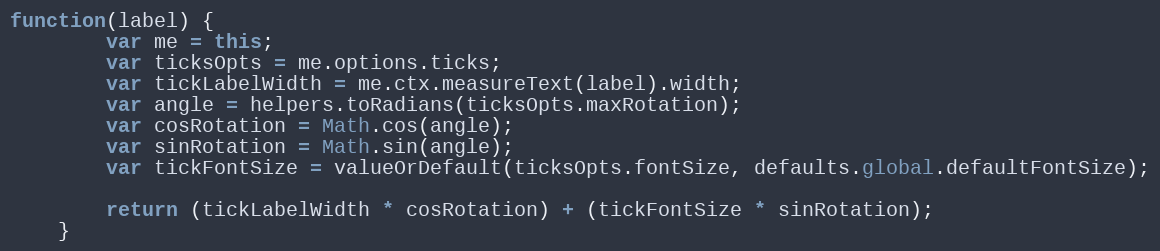
Language: JavaScript
function(label) {
		var me = this;
		var ticksOpts = me.options.ticks;
		var tickLabelWidth = me.ctx.measureText(label).width;
		var angle = helpers.toRadians(ticksOpts.maxRotation);
		var cosRotation = Math.cos(angle);
		var sinRotation = Math.sin(angle);
		var tickFontSize = valueOrDefault(ticksOpts.fontSize, defaults.global.defaultFontSize);

		return (tickLabelWidth * cosRotation) + (tickFontSize * sinRotation);
	}